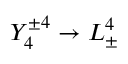
Y _ { 4 } ^ { \pm 4 } \rightarrow L _ { \pm } ^ { 4 }